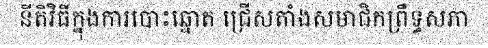
នីតិវិធីក្នុងការបោះឆ្នោត ជ្រើសតាំងសមាជិកព្រឹទ្ធសភា